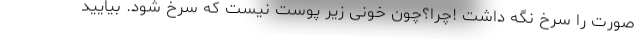
صورت را سرخ نگه داشت !چرا؟چون خونی زیر پوست نیست که سرخ شود. بیایید